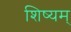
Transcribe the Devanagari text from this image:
शिष्यम्